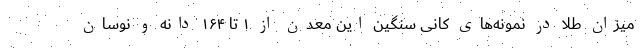
میزان طلا در نمونه‌های کانی سنگین این معدن از ۱ تا ۱۶۴ دانه و نوسان